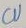
Text: CU